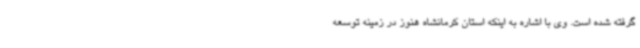
گرفته شده است. وی با اشاره به اینکه استان کرمانشاه هنوز در زمینه توسعه